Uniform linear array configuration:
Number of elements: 16
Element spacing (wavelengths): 0.5
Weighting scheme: kaiser
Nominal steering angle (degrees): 60
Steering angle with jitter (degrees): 59.765
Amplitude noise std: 0.05
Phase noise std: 0.05

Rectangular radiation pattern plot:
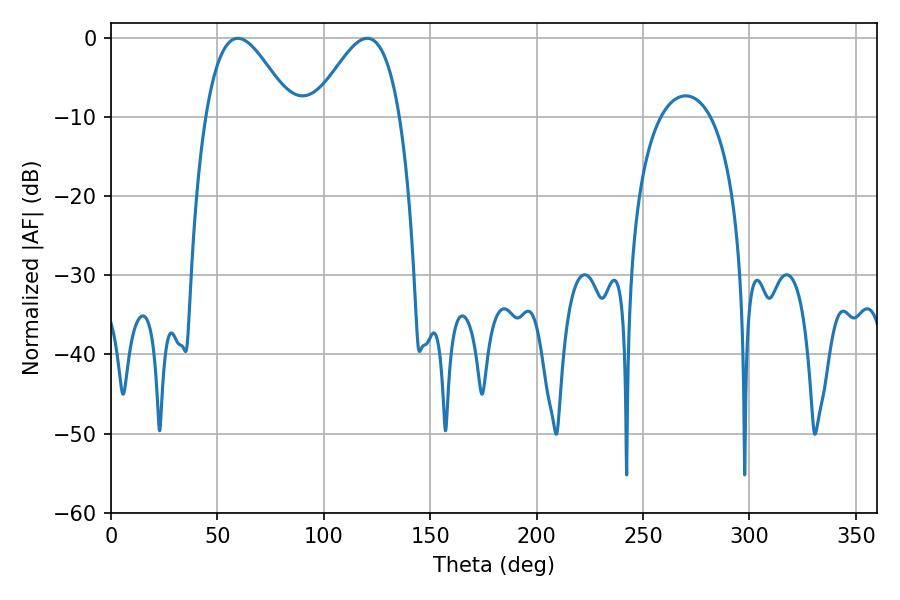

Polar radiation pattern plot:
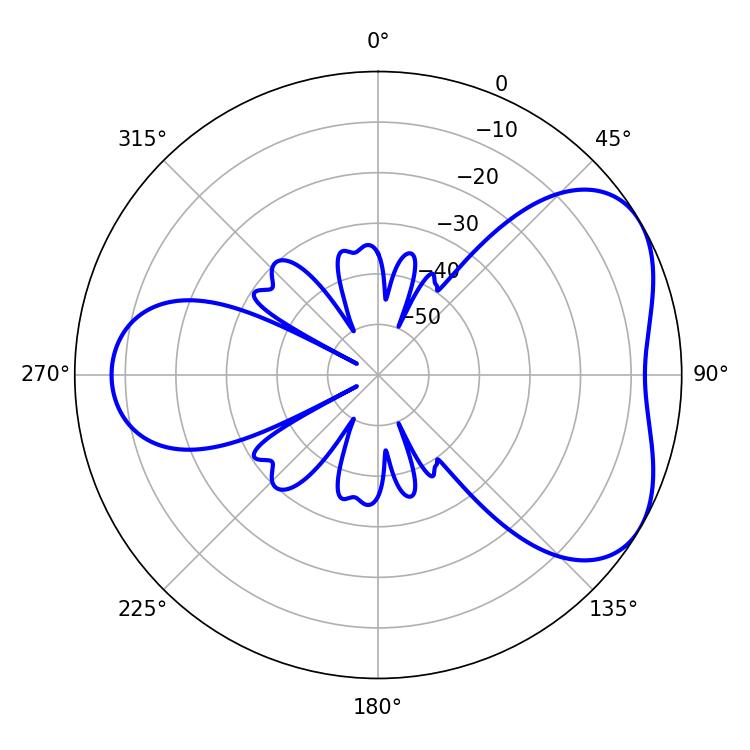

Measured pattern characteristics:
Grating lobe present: FALSE
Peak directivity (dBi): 4.731
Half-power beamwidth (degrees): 21.78
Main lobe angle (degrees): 59.58